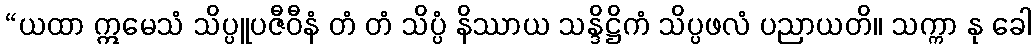
“ယထာ ဣမေသံ သိပ္ပူပဇီဝီနံ တံ တံ သိပ္ပံ နိဿာယ သန္ဒိဋ္ဌိကံ သိပ္ပဖလံ ပညာယတိ။ သက္ကာ နု ခေါ